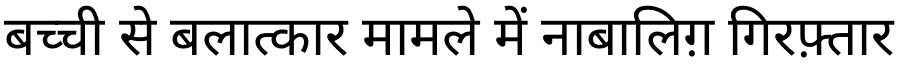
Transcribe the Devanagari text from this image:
बच्ची से बलात्कार मामले में नाबालिग़ गिरफ़्तार